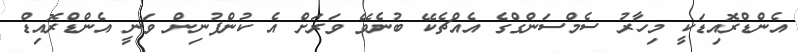
އެންޑްރޮއިޑަކީ މިހާރު ސެމްސަންގްގެ އެއްޗެކޭ ބުނެވޭ ވަރަށް އެ ކުންފުނިން ވަނީ އެންޑްރޮއިޑް